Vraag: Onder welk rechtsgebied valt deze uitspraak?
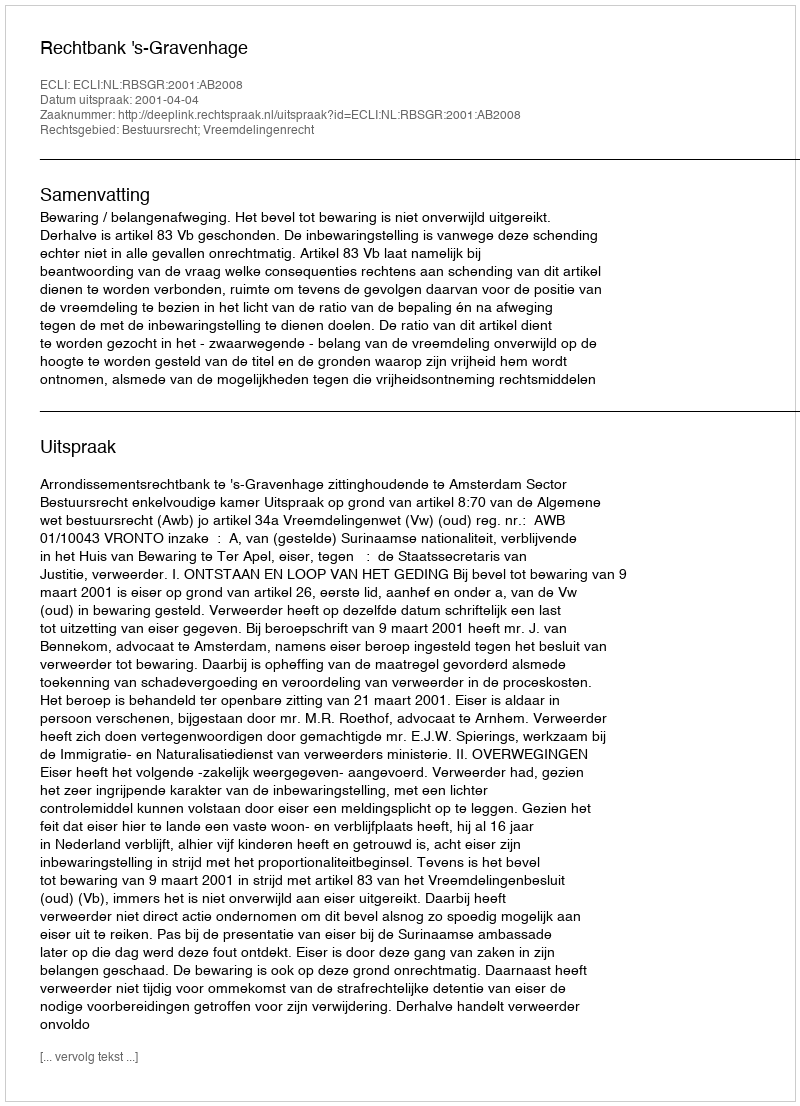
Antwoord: Bestuursrecht; Vreemdelingenrecht